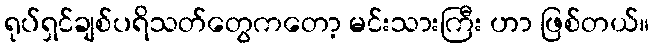
ရုပ်ရှင်ချစ်ပရိသတ်တွေကတော့ မင်းသားကြီး ဟာ ဖြစ်တယ်။